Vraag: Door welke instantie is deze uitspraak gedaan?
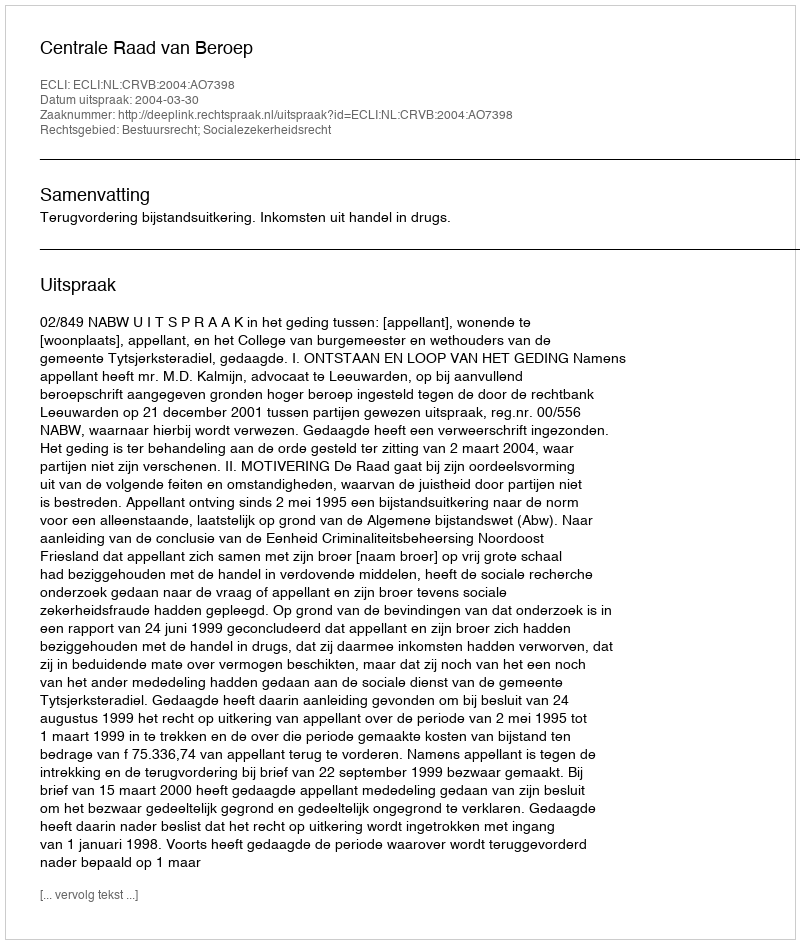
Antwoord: Centrale Raad van Beroep